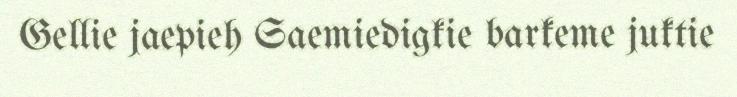
Gellie jaepieh Saemiedigkie barkeme juktie